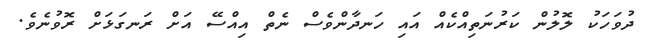
ދުވަހަކު ލޮލުން ކަރުނަތިއްކެއް އައި ހަނދާންވެސް ނެތް އިއްސޭ އަށް ރަނގަޅަށް ރޮވުނެވެ.